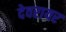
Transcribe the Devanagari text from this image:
देवरायर